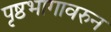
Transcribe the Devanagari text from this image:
पृष्ठभागावरुन